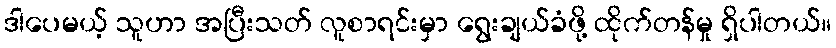
ဒါပေမယ့် သူဟာ အပြီးသတ် လူစာရင်းမှာ ရွေးချယ်ခံဖို့ ထိုက်တန်မှု ရှိပါတယ်။